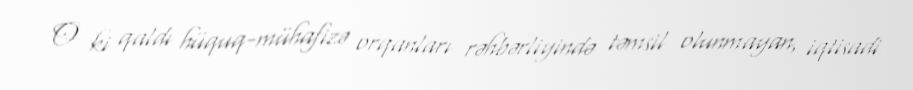
O ki qaldı hüquq-mühafizə orqanları rəhbərliyində təmsil olunmayan, iqtisadi